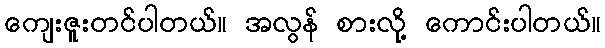
ကျေးဇူးတင်ပါတယ်။ အလွန် စားလို့ ကောင်းပါတယ်။